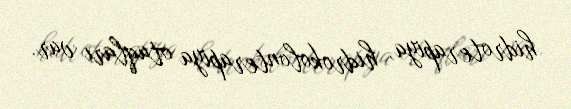
hidroterapiya, hidrokolonterapiya otaqları var.